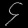
Digit: ၄